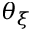
\theta _ { \xi }